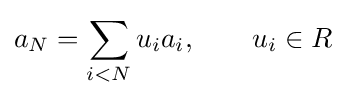
a_{N}=\sum _{i<N}u_{i}a_{i},\qquad u_{i}\in R